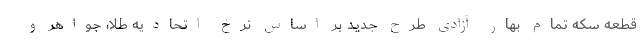
قطعه سکه تمام بهار آزادی طرح جدید بر اساس نرخ اتحادیه طلا، جواهر و